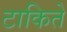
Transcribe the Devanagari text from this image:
टाकिते